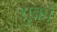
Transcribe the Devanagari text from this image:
शुकों